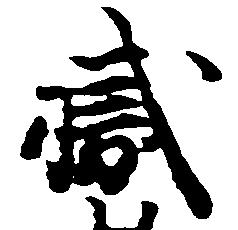
職